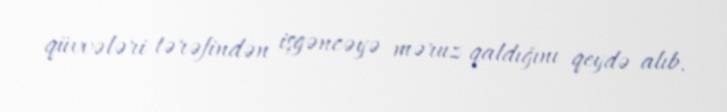
qüvvələri tərəfindən işgəncəyə məruz qaldığını qeydə alıb.